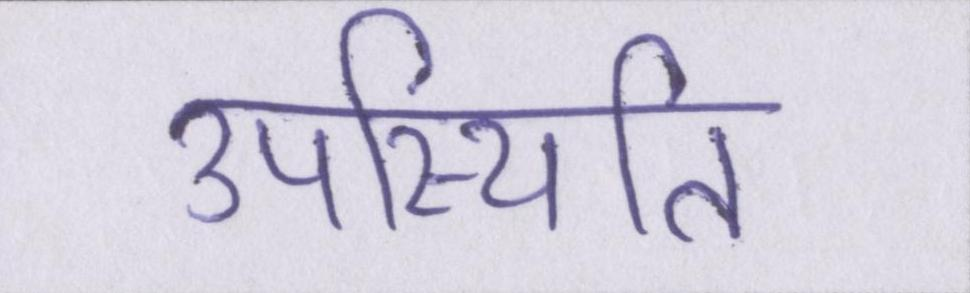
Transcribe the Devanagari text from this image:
उपस्थिति